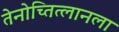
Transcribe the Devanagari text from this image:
तेनोच्तित्लानला